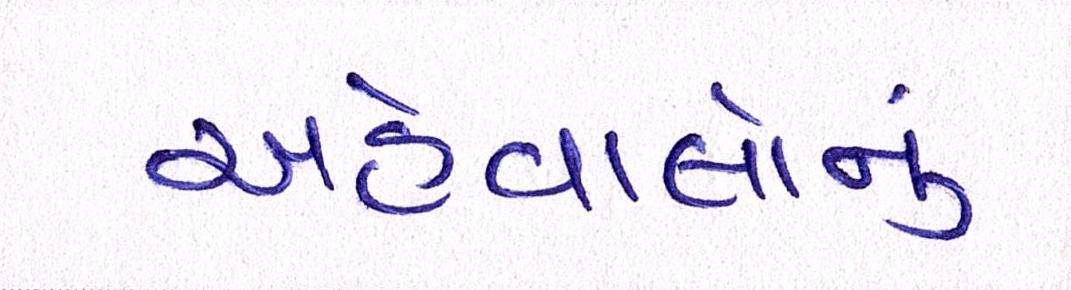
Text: અહેવાલોનું